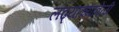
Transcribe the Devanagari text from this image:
लढ्याच्यावेळी